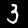
Digit: 3